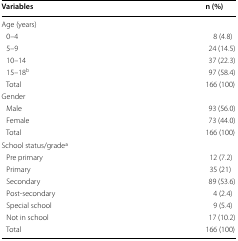
<table><thead><tr><td><b>Variables</b></td><td><b>n (%)</b></td></tr></thead><tbody><tr><td colspan="2">Age (years)</td></tr><tr><td> 0–4</td><td>8 (4.8)</td></tr><tr><td> 5–9</td><td>24 (14.5)</td></tr><tr><td> 10–14</td><td>37 (22.3)</td></tr><tr><td> 15–18<sup>b</sup></td><td>97 (58.4)</td></tr><tr><td> Total</td><td>166 (100)</td></tr><tr><td colspan="2">Gender</td></tr><tr><td> Male</td><td>93 (56.0)</td></tr><tr><td> Female</td><td>73 (44.0)</td></tr><tr><td> Total</td><td>166 (100)</td></tr><tr><td colspan="2">School status/gradea</td></tr><tr><td> Pre primary</td><td>12 (7.2)</td></tr><tr><td> Primary</td><td>35 (21)</td></tr><tr><td> Secondary</td><td>89 (53.6)</td></tr><tr><td> Post-secondary</td><td>4 (2.4)</td></tr><tr><td> Special school</td><td>9 (5.4)</td></tr><tr><td> Not in school</td><td>17 (10.2)</td></tr><tr><td> Total</td><td>166 (100)</td></tr></tbody></table>